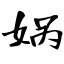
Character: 娲